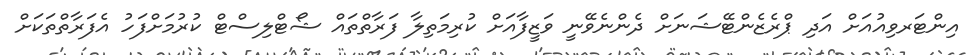
އިންޓަރވިއުއަށް އަދި ޕްރެޒެންޓޭޝަނަށް ދެންނެވޭނީ ވަޒީފާއަށް ކުރިމަތިލާ ފަރާތްތައް ޝޯޓްލިސްޓް ކުރުމަށްފަހު އެފަރާތްތަކަށް